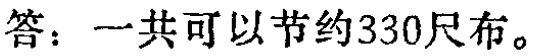
答：一共可以节约330尺布。